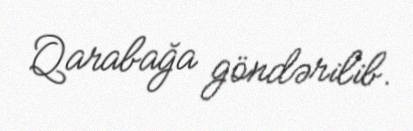
Qarabağa göndərilib.